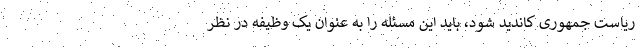
ریاست جمهوری کاندید شود، باید این مسئله را به عنوان یک وظیفه در نظر